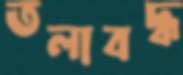
তলাবদ্ধ